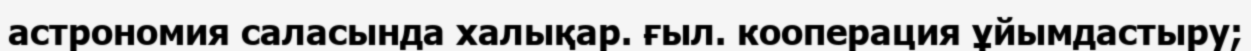
астрономия саласында халықар. ғыл. кооперация ұйымдастыру;